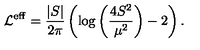
{ \cal L } ^ { \mathrm { \scriptsize e f f } } = \frac { | S | } { 2 \pi } \left( \log { \left( \frac { 4 S ^ { 2 } } { \mu ^ { 2 } } \right) } - 2 \right) .